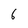
Character: 6